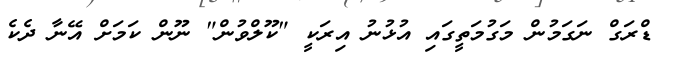
ޑްރަގް ނަގަމުން މަގުމަތީގައި އުޅުނު އިރަކީ "ކޫލްވުން" ނޫން ކަމަށް އޭނާ ދެކެ